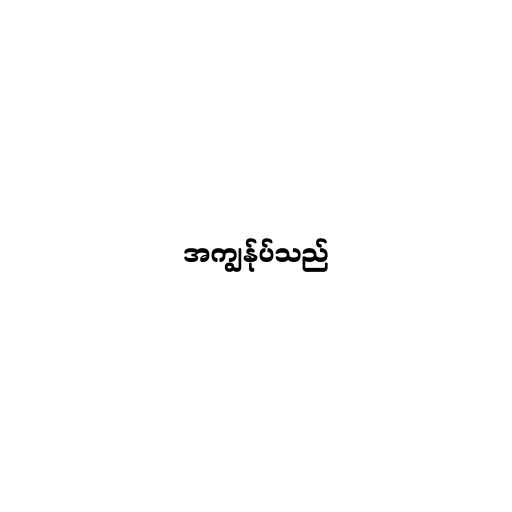
အကျွန်ုပ်သည်